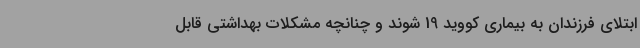
ابتلای فرزندان به بیماری کووید 19 شوند و چنانچه مشکلات بهداشتی قابل